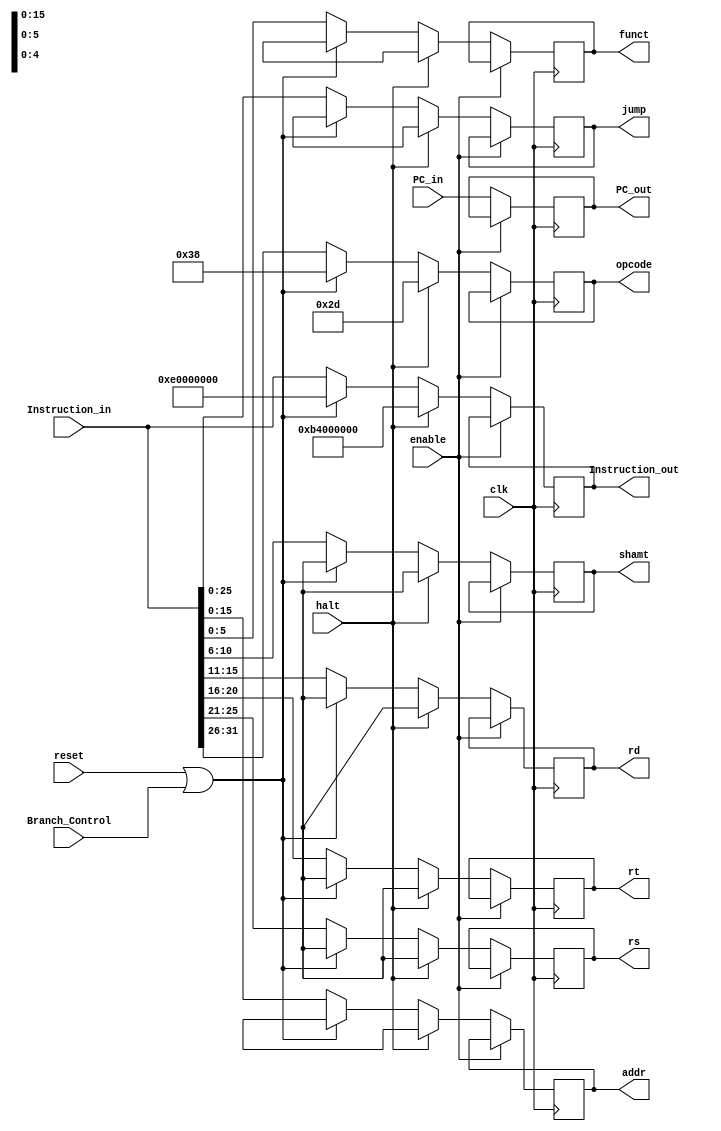
module IF_ID_Register (clk,reset,enable,Instruction_in,PC_in,Branch_Control,Instruction_out,PC_out, opcode,rs,rt,rd,shamt,funct,addr,jump,halt);

input clk ;
input reset; // 0-->1 to delete the previous instruction and store a nop instruction (flush) with opcode 111000 according to our control unit default value
//we use it in branch miss prediction this signal come from zero in branch alu

input enable; // 0-->1 to enable the register to received new instruction we use 
//it in hazard detection to make flush and the output opcode is 111000 it comes only from  the hazard detection unit

input halt ; // 0 ---> stop pc and regenerate halt instruction to control unit

input [31:0] Instruction_in; // the instruction come from fetch stage

input [31:0] PC_in; // the value of pc+4 come from fetch stage

input Branch_Control; // to know if the function cause reset (zero signal) is from branch instruction in ID stage

output reg [31:0] Instruction_out; // the instruction output to decode stage

  output reg [5:0] opcode;
  output reg [4:0] rs;
  output reg [4:0] rt;
  output reg [4:0] rd;
  output reg [4:0] shamt;
  output reg [5:0] funct;
  output reg [15:0] addr;
  output reg [25:0] jump;
  
  
  
  
  
  

output reg [31:0] PC_out ; // the pc output to decode stage



always@(posedge clk)
	begin
		
		if((enable == 1'b0) )
			begin
	
				if((reset == 1'b1) || (Branch_Control == 1'b1)  )
				// case 3 : when to flush the register in reset status or when we catch a branch miss predict
					begin
				
						Instruction_out <=32'b11100000000000000000000000000000; // nop
						opcode <= 6'b111000;
                  rs <= 5'bx;
						rt <= 5'bx;
						rd <= 5'bx;
						shamt <= 5'bx;
						funct <= 6'bx;
						addr <= 16'bx;
						jump <= 26'bx;
						PC_out <= PC_in;


		
					end
					
				else
					begin
					// case 2 : when we do not have any problem
						Instruction_out <=Instruction_in;
						opcode <= Instruction_in [31:26];
						rs <= Instruction_in [25:21];
						rt <= Instruction_in [20:16];
						rd <= Instruction_in [15:11];
						shamt <= Instruction_in [10:6];
						funct <= Instruction_in [5:0];
						addr <= Instruction_in [15:0];
						jump <= Instruction_in [25:0];
						PC_out <= PC_in;
		
					end
					
					
				
				 if((halt == 1'b1))
						begin
				  // to stop the pc 
						Instruction_out <=32'b10110100000000000000000000000000; // nop
						opcode <= 6'b101101;
                  rs <= 5'bx;
						rt <= 5'bx;
						rd <= 5'bx;
						shamt <= 5'bx;
						funct <= 6'bx;
						addr <= 16'bx;
						jump <= 26'bx;
						PC_out <= PC_in;
				  
						end
				
			end
			
			
			
			
	
	end
	
endmodule